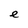
Character: e